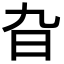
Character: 旮